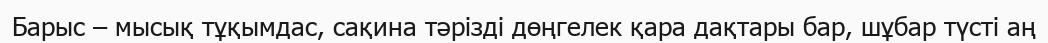
Барыс – мысық тұқымдас, сақина тәрізді дөңгелек қара дақтары бар, шұбар түсті аң